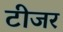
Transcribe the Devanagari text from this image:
टीजर